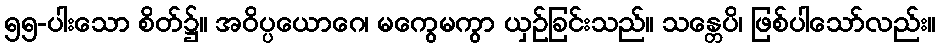
၅၅-ပါးသော စိတ်၌။ အဝိပ္ပယောဂေ၊ မကွေမကွာ ယှဉ်ခြင်းသည်။ သန္တေပိ၊ ဖြစ်ပါသော်လည်း။